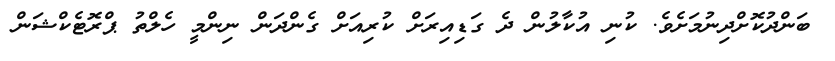
ބަންދުކޮށްދިނުމަށެވެ. ކުނި އުކާލުން ދެ ގަޑިއިރަށް ކުރިއަށް ގެންދަން ނިންމީ ހެލްތު ޕްރޮޓެކްޝަން